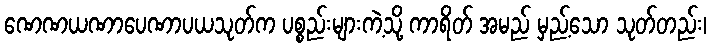
ဏေဏယဏာပေဏာပယသုတ်က ပစ္စည်းများကဲ့သို့ ကာရိတ် အမည် မှည့်သော သုတ်တည်း၊